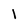
Character: l